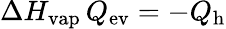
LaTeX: \Delta H_{\mathrm{vap}}\, Q_{\mathrm{ev}}=-Q_{\mathrm{h}}